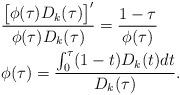
LaTeX: \begin{align*}&\frac{\big[\phi(\tau)D_{k}(\tau)\big]'}{\phi(\tau)D_{k}(\tau)}=\frac{1-\tau}{\phi(\tau)}\\&\phi(\tau)=\frac{\int_{0}^{\tau}(1-t) D_{k}(t)dt}{D_{k}(\tau)}.\end{align*}